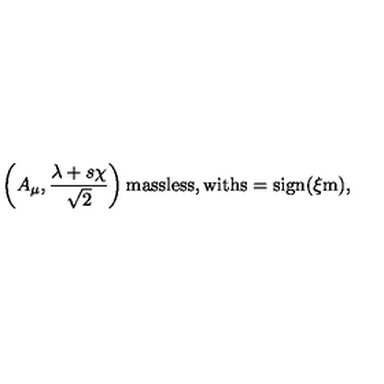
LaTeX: \left( A _ { \mu } , \frac { \lambda + s \chi } { \sqrt { 2 } } \right) \mathrm { m a s s l e s s , w i t h s = \mathrm { s i g n } ( \xi m ) } ,